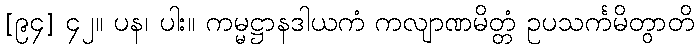
[၉၄] ၄၂။ ပန၊ ပါး။ ကမ္မဋ္ဌာနဒါယကံ ကလျာဏမိတ္တံ ဥပသင်္ကမိတွာတိ